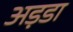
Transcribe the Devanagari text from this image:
अड़डा